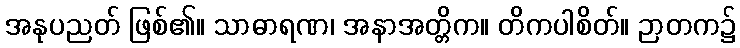
အနုပညတ် ဖြစ်၏။ သာဓာရဏ၊ အနာအတ္တိက။ တိကပါစိတ်။ ဉာတက၌